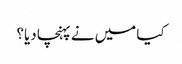
کیا میں نے پہنچا دیا؟